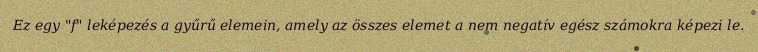
Ez egy "f" leképezés a gyűrű elemein, amely az összes elemet a nem negatív egész számokra képezi le.